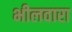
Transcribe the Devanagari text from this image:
भीलवारा